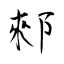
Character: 郲